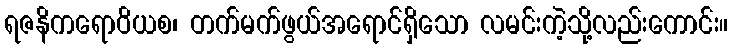
ရဇနိကရောဝိယစ၊ တက်မက်ဖွယ်အရောင်ရှိသော လမင်းကဲ့သို့လည်းကောင်း။